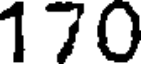
170